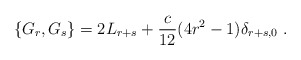
\begin{align*}\{ G_r, G_s \} = 2 L_{r+s} + \frac{c}{12}(4 r^2 - 1)\delta_{r+s,0}\ .\end{align*}